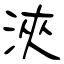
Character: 浹